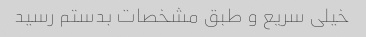
خیلی سریع و طبق مشخصات بدستم رسید